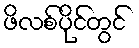
ဖိလစ်ပိုင်တွင်